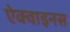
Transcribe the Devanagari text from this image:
ऐक्वाइनस